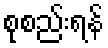
စုစည်းရန်